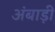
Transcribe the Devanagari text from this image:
अंबाड़ी़